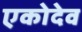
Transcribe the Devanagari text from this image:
एकोदेव